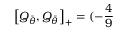
\left[ Q _ { \bar { \theta } } , Q _ { \bar { \theta } } \right] _ { + } = ( - \frac { 4 } { 9 }